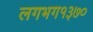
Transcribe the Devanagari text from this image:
लगभग१३७०